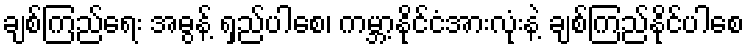
ချစ်ကြည်ရေး အဓွန့် ရှည်ပါစေ၊ ကမ္ဘာ့နိုင်ငံအားလုံးနဲ့ ချစ်ကြည်နိုင်ပါစေ